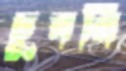
চুবনি